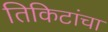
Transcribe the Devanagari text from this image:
तिकिटांचा